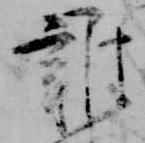
雑